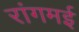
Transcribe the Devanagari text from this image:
रांगमई